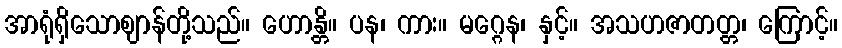
အာရုံရှိသောဈာန်တို့သည်။ ဟောန္တိ။ ပန၊ ကား။ မဂ္ဂေန၊ နှင့်။ အသဟဇာတတ္တ၊ ကြောင့်။